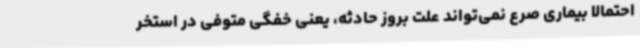
احتمالا بیماری صرع نمی‌تواند علت بروز حادثه، یعنی خفگی متوفی در استخر